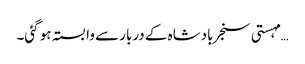
… مہستی سنجر بادشاہ کے دربار سے وابستہ ہو گئی۔